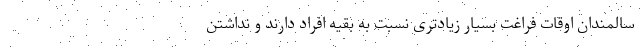
سالمندان اوقات فراغت بسیار زیادتری نسبت به بقیه افراد دارند و نداشتن